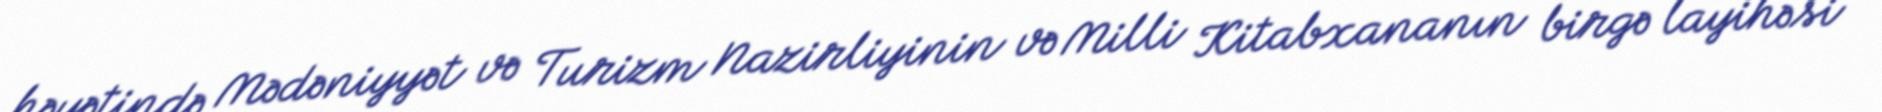
həyətində Mədəniyyət və Turizm Nazirliyinin və Milli Kitabxananın birgə layihəsi